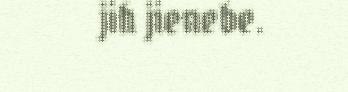
jih jienebe.